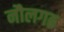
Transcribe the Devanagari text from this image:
नौलगढ